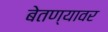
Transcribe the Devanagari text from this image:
बेतण्यावर